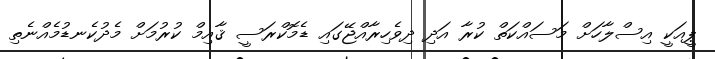
ޕީއަކީ އިސްލާހަށް މަސައްކަތް ކުރާ އަދި ދިވެހިރާއްޖޭގައި ޑެމޮކްރަސީ ޤާއިމް ކުރުމަށް މެދުކެނޑުމެއްނެތި